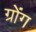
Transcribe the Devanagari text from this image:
ग्रोंग